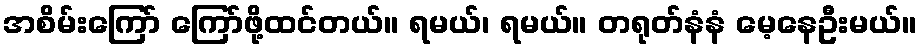
အစိမ်းကြော် ကြော်ဖို့ထင်တယ်။ ရမယ်၊ ရမယ်။ တရုတ်နံနံ မေ့နေဦးမယ်။